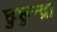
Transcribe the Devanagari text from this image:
छुछुन्द्रा